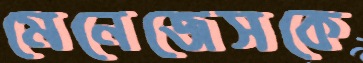
মেনেজেসকে